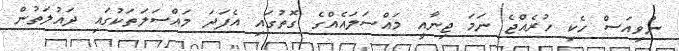
ނުވިއަސް ހެކި ހުރެއްޖެ ނަމަ ޖިނާއީ މައްސަލައެއްގެ ގޮތުގައި އެފަދަ މައްސަލަތަކުގައި ދައުލަތުން